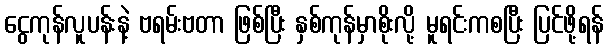
ငွေကုန်လူပန်းနဲ့ ဗရမ်းဗတာ ဖြစ်ပြီး နှစ်ကုန်မှာစိုးလို့ မူရင်းကစပြီး ပြင်ဖို့ရန်